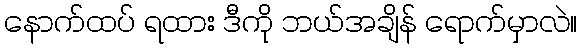
နောက်ထပ် ရထား ဒီကို ဘယ်အချိန် ရောက်မှာလဲ။